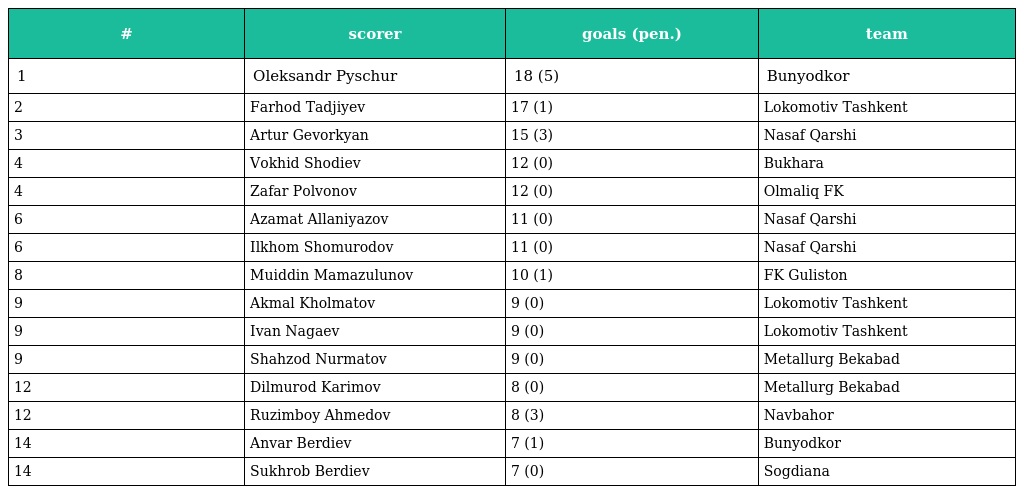
| # | scorer | goals (pen.) | team |
 | --- | --- | --- | --- |
 | 1 | Oleksandr Pyschur | 18 (5) | Bunyodkor |
 | 2 | Farhod Tadjiyev | 17 (1) | Lokomotiv Tashkent |
 | 3 | Artur Gevorkyan | 15 (3) | Nasaf Qarshi |
 | 4 | Vokhid Shodiev | 12 (0) | Bukhara |
 | 4 | Zafar Polvonov | 12 (0) | Olmaliq FK |
 | 6 | Azamat Allaniyazov | 11 (0) | Nasaf Qarshi |
 | 6 | Ilkhom Shomurodov | 11 (0) | Nasaf Qarshi |
 | 8 | Muiddin Mamazulunov | 10 (1) | FK Guliston |
 | 9 | Akmal Kholmatov | 9 (0) | Lokomotiv Tashkent |
 | 9 | Ivan Nagaev | 9 (0) | Lokomotiv Tashkent |
 | 9 | Shahzod Nurmatov | 9 (0) | Metallurg Bekabad |
 | 12 | Dilmurod Karimov | 8 (0) | Metallurg Bekabad |
 | 12 | Ruzimboy Ahmedov | 8 (3) | Navbahor |
 | 14 | Anvar Berdiev | 7 (1) | Bunyodkor |
 | 14 | Sukhrob Berdiev | 7 (0) | Sogdiana |